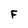
Character: F